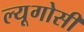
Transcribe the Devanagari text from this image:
ल्यूगोसी